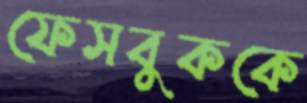
ফেসবুককে